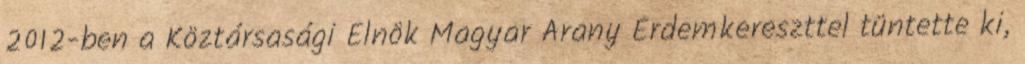
2012-ben a Köztársasági Elnök Magyar Arany Érdemkereszttel tüntette ki,